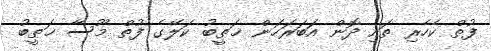
ފުތް ކެހެރި ތައި ދޮން އަބަރަހަން ޚަޠީބު ކަލޭގެ ފުތް މޫސާ ޚަޠީބު